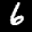
Label: 6